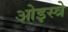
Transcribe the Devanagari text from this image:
ओइस्त्रे